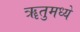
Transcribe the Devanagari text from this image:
ॠतुमध्ये